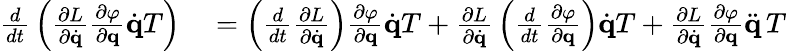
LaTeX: \begin{array}{rl}{{\frac{d}{dt}}\left({\frac{\partial L}{\partial{\dot{\mathbf{q}}}}}{\frac{\partial\varphi}{\partial\mathbf{q}}}{\dot{\mathbf{q}}}T\right)}&{{}=\left({\frac{d}{dt}}{\frac{\partial L}{\partial{\dot{\mathbf{q}}}}}\right){\frac{\partial\varphi}{\partial\mathbf{q}}}{\dot{\mathbf{q}}}T+{\frac{\partial L}{\partial{\dot{\mathbf{q}}}}}\left({\frac{d}{dt}}{\frac{\partial\varphi}{\partial\mathbf{q}}}\right){\dot{\mathbf{q}}}T+{\frac{\partial L}{\partial{\dot{\mathbf{q}}}}}{\frac{\partial\varphi}{\partial\mathbf{q}}}{\ddot{\mathbf{q}}}\, T}\end{array}